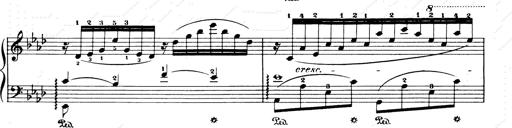
Title: Consolations and LiebestrÃ¤ume for the Piano
Composer: Franz Liszt